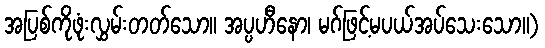
အပြစ်ကိုဖုံးလွှမ်းတတ်သော။ အပ္ပဟီနော၊ မဂ်ဖြင့်မပယ်အပ်သေးသော။)